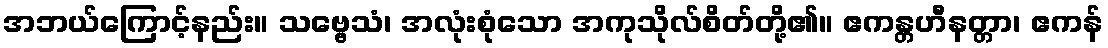
အဘယ်ကြောင့်နည်း။ သဗ္ဗေသံ၊ အလုံးစုံသော အကုသိုလ်စိတ်တို့၏။ ဧကန္တဟီနတ္တာ၊ ဧကန်